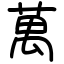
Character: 萬